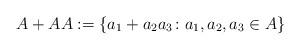
LaTeX: \begin{align*}A+AA := \{a_1+a_2a_3\colon a_1,a_2,a_3\in A\}\end{align*}